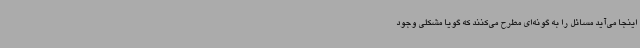
اینجا می‌آید مسائل را به گونه‌ای مطرح می‌کنند که گویا مشکلی وجود